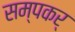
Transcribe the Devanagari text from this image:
सम्पकर्